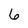
Character: 6